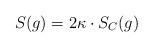
LaTeX: \begin{align*}S(g)=2\kappa \cdot S_C(g)\end{align*}